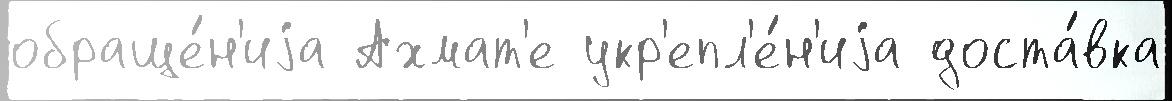
обраще́н'иjа Ахмат'е укр'епл'е́н'иjа доста́вка